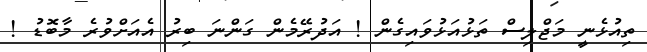
ތިއުޅެނީ މަޖްލިސް ތަޅުއަޅުވައިގެން ! އަދުރޭމެން ގަންނަ ބިރު އެއަށްވުރެ މާބޮޑު !